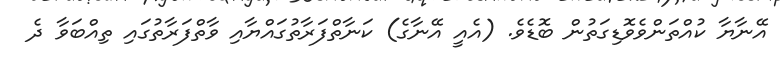
އޭނާޔާ ކުއްތަންވެވޮޑިގަތުން ބޮޑެވެ. (އެއީ އޭނާގެ) ކަނާތްފަރާތުގައްޔާއި ވާތްފަރާތުގައި ތިއްބަވާ ދެ